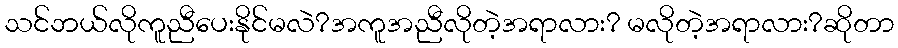
သင်ဘယ်လိုကူညီပေးနိုင်မလဲ?အကူအညီလိုတဲ့အရာလား? မလိုတဲ့အရာလား?ဆိုတာ